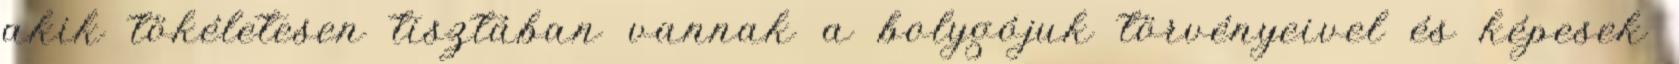
akik tökéletesen tisztában vannak a bolygójuk törvényeivel és képesek